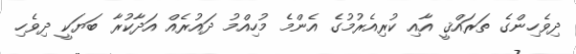
ދިވެހިންގެ ތަރައްޤީ އާއި ކުރިއެރުމުގެ އެންމެ މުހިއްމު ދައުރެއް އަދާކުރާ ބަޔަކީ ދިވެހި